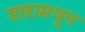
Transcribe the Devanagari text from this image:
डाटामधून